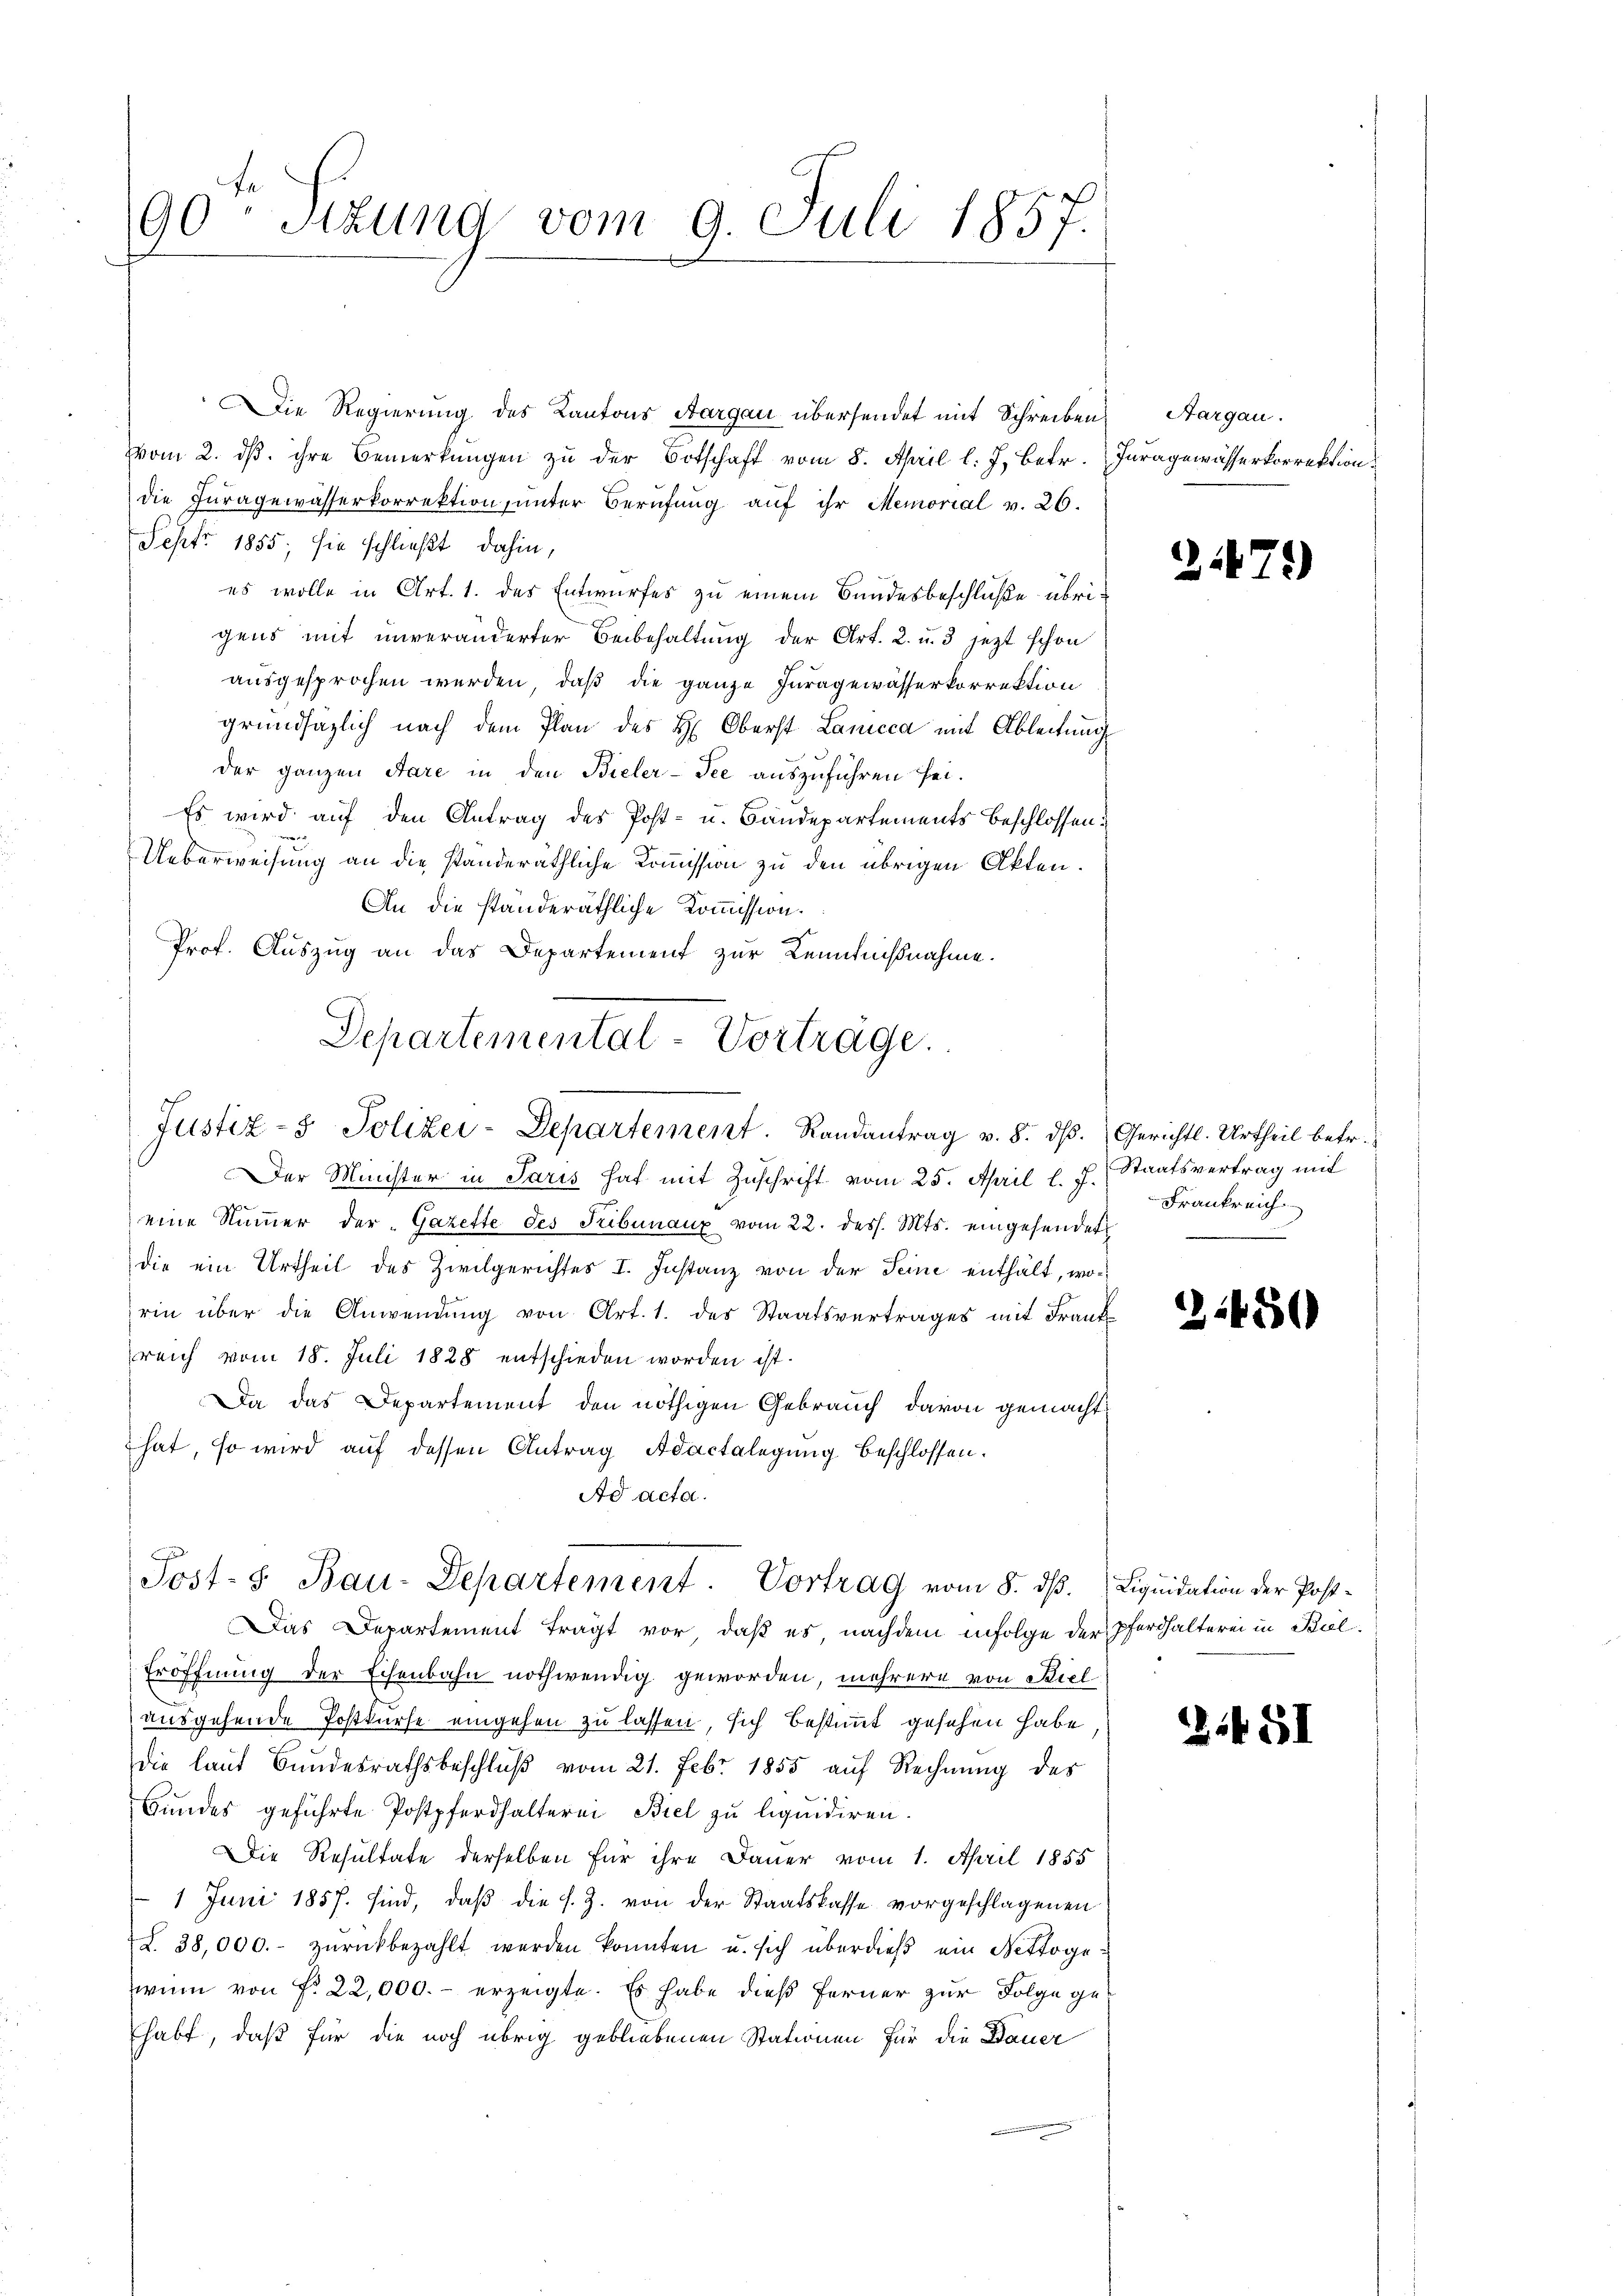
90 Sitzung vom 9. Juli 1857.

Die Regierung des Kantons Aargau übersendet mit Schreiben
Vom 2. dβ. ihre Bemerkungen zu der Botschaft vom 8. April l. J. betr.
die Fragewässerkorrektion, ŭnter Berufung aŭf ihr Memorial v. 26.
Sepfr 1855; sie schließt dahin,
es wolle in Art. 1. des Entwurfes zu einem Bundesbeschlüße übrigens mit unveränderter Beibehaltung der Art. 2. u. 3 jezt schon
ausgesprochen werden, daß die ganze Juragewässerkorrektion
grundsätzlich nach dem Plan des H: Oberst Lanicca mit Ableitung
der ganzen Stare in den Bieler-See auszuführen sei.
Es wird auf den Antrag des Post- u. Bandepartements beschlossen:
Ueberweisung an die standeräthliche Kommission zu den übrigen Akten.
An die standeräthliche Kommission.
Prof. Auszug an das Departement zur Kenntnißnahme.
Der Minister in Paris hat mit Zuschrift vom 25. April l. J. Staatsvertrag mit
eine Nŭṁer der Gazette des Tribunaux vom 22. dess. Mts. eingehendet
die ein Urtheil des Zivilgerichtes I. Instanz von der Seine enthält, worin über die Anwendŭng von Art. 1. des Staatsvertrages mit Frant
reich vom 18. Juli 1828 entschieden worden ist.
Da das Departement den nöthigen Gebrauch davon gemacht
hat, so wird auf dessen Antrag Adactalegung beschlossen.
Ad acta.
Post- 8. Bau-Departement. Vortrag vom 8. dβ.
Das Departement tragt vor, daß es, nachdem infolge der
Eröffnung der Eisenbahn nothwendig geworden, mehrere von Biel
ausgehende Postkurse eingehen zu lassen, sich bestimmt gesehen habe
die laŭt Bŭndesrathsbeschlŭβ vom 21. Febr. 1855 aŭf Rechnŭng des
Hundes geführte Postpferdhalterei Biel zu liquidiren.
Die Resultate derselben für ihre Dauer vom 1. April 1855
 1 Juni 1857. sind, daß die s. Z. von der Staatskasse vorgeschlagenen
L. 38,000.- zŭrückbezahlt werden konnten u. sich überdieβ ein Nettogewenn von f. 22,000.- erzeigte. Es habe dieß ferner zur Folge gehabt, daß für die noch übrig gebliebenen Stationen für die Dauer

Departemental-Vorträge
Justiz- & Polizei-Departement. Randantrag v. 8. dβ.

Aargau.
Iuragewässerkorrektion.

22

Gerichtl. Urtheil betr.
Frankreich
.

31480

Liquidation der Postpferhalterei in Biel.

Zif. 51